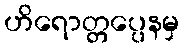
ဟိရောတ္တပ္ပေနမှ